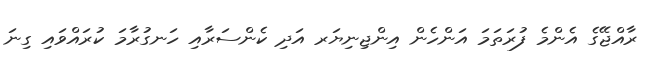
ރާއްޖޭގެ އެންމެ ފުރަތަމަ އަންހެން އިންޖިނިޔަރ އަދި ކެންސަރާއި ހަނގުރާމަ ކުރައްވައި ގިނަ